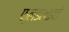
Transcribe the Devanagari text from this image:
फ्लडलाइटों